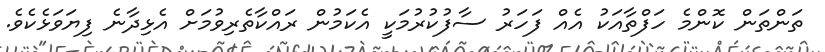
ތަންތަން ކޮންމެ ހަފްތާއަކު އެއް ފަހަރު ސާފުކުރުމަކީ އެކަމުން ރައްކާތެރިވުމަށް އެޅިދާނެ ފިޔަވަޅެކެވެ.